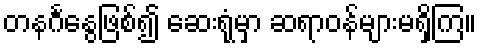
တနင်္ဂနွေဖြစ်၍ ဆေးရုံမှာ ဆရာဝန်များမရှိကြ။